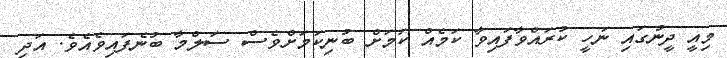
މިއީ ދީނުގައި ނަހީ ކުރައްވާފައިވާ ކަމެއް ކަމަށް ބުނިކަމަށްވެސް ސަލްމާ ބުނެފައިވެއެވެ. އަދި